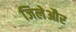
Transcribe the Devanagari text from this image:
जिलेऔर